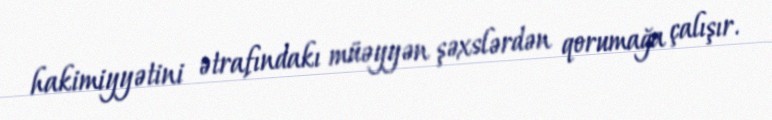
hakimiyyətini ətrafındakı müəyyən şəxslərdən qorumağa çalışır.